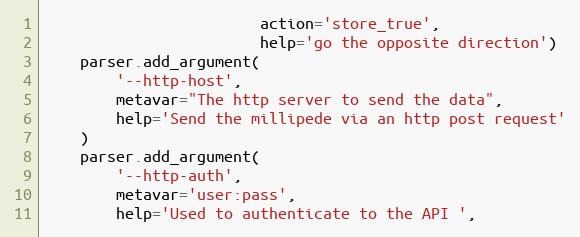
Language: Python
                        action='store_true',
                        help='go the opposite direction')
    parser.add_argument(
        '--http-host',
        metavar="The http server to send the data",
        help='Send the millipede via an http post request'
    )
    parser.add_argument(
        '--http-auth',
        metavar='user:pass',
        help='Used to authenticate to the API ',